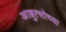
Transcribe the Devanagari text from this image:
आब्रुत्सोच्या